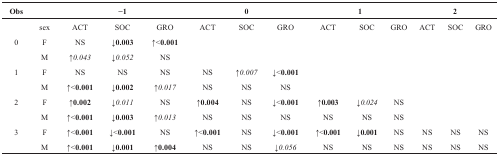
<table><thead><tr><td><b>Obs</b></td><td></td><td colspan="3"><b>−1</b></td><td colspan="3"><b>0</b></td><td colspan="3"><b>1</b></td><td colspan="3"><b>2</b></td></tr></thead><tbody><tr><td></td><td>sex</td><td>ACT</td><td>SOC</td><td>GRO</td><td>ACT</td><td>SOC</td><td>GRO</td><td>ACT</td><td>SOC</td><td>GRO</td><td>ACT</td><td>SOC</td><td>GRO</td></tr><tr><td>0</td><td>F</td><td>NS</td><td>↓<b>0.003</b></td><td>↑&lt;<b>0.001</b></td><td></td><td></td><td></td><td></td><td></td><td></td><td></td><td></td><td></td></tr><tr><td></td><td>M</td><td>↑<i>0.043</i></td><td>↓<i>0.052</i></td><td>NS</td><td></td><td></td><td></td><td></td><td></td><td></td><td></td><td></td><td></td></tr><tr><td>1</td><td>F</td><td>NS</td><td>NS</td><td>NS</td><td>NS</td><td>↑<i>0.007</i></td><td>↓&lt;<b>0.001</b></td><td></td><td></td><td></td><td></td><td></td><td></td></tr><tr><td></td><td>M</td><td>↑&lt;<b>0.001</b></td><td>↓<b>0.002</b></td><td>↑<i>0.017</i></td><td>NS</td><td>NS</td><td>NS</td><td></td><td></td><td></td><td></td><td></td><td></td></tr><tr><td>2</td><td>F</td><td>↑<b>0.002</b></td><td>↓<i>0.011</i></td><td>NS</td><td>↑<b>0.004</b></td><td>NS</td><td>↓&lt;<b>0.001</b></td><td>↑<b>0.003</b></td><td>↓<i>0.024</i></td><td>NS</td><td></td><td></td><td></td></tr><tr><td></td><td>M</td><td>↑&lt;<b>0.001</b></td><td>↓<b>0.003</b></td><td>↑<i>0.013</i></td><td>NS</td><td>NS</td><td>NS</td><td>NS</td><td>NS</td><td>NS</td><td></td><td></td><td></td></tr><tr><td>3</td><td>F</td><td>↑&lt;<b>0.001</b></td><td>↓&lt;<b>0.001</b></td><td>NS</td><td>↑&lt;<b>0.001</b></td><td>NS</td><td>↓&lt;<b>0.001</b></td><td>↑&lt;<b>0.001</b></td><td>↓<b>0.001</b></td><td>NS</td><td>NS</td><td>NS</td><td>NS</td></tr><tr><td></td><td>M</td><td>↑&lt;<b>0.001</b></td><td>↓<b>0.001</b></td><td>↑<b>0.004</b></td><td>NS</td><td>NS</td><td>↓<i>0.056</i></td><td>NS</td><td>NS</td><td>NS</td><td>NS</td><td>NS</td><td>NS</td></tr></tbody></table>